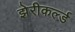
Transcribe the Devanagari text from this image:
झेरीकर्ल्ड